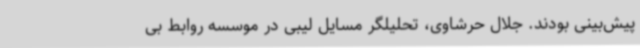
پیش‌بینی بودند. جلال حرشاوی، تحلیلگر مسایل لیبی در موسسه روابط بی